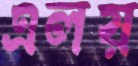
এলয়